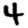
Digit: 4